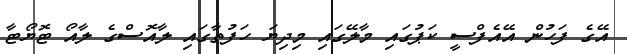
އޭގެ ފަހުން އޭއެފްސީ ކަޕުގައި މާލޭގައި މިދިޔަ ހަފުތާގައި ލާއޮސްގެ ލާއޯ ޓޮޔޯޓާ